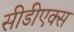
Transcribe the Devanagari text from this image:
सीडीएक्स